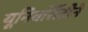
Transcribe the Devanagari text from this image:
यूनिवर्सिटीने